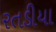
રતડીયા